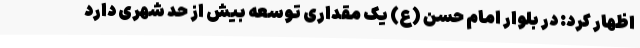
اظهار کرد: در بلوار امام حسن (ع) یک مقداری توسعه بیش از حد شهری دارد